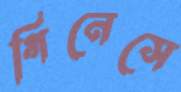
গিনেসে